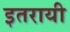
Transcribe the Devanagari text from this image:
इतरायी